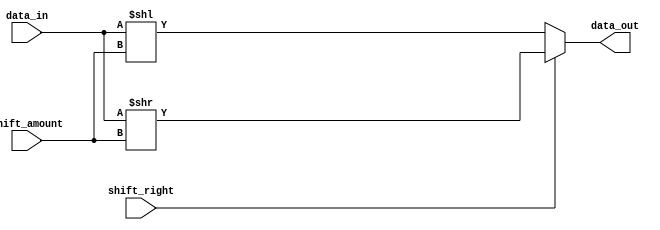
module barrel_shifter(
    input [3:0] data_in,
    input [1:0] shift_amount,
    input shift_right,
    output [3:0] data_out
);

wire [3:0] shifted_data;

// Generate the shifted data
assign shifted_data = (shift_right) ? (data_in >> shift_amount) : (data_in << shift_amount);

// Output the shifted data
assign data_out = shifted_data;

endmodule